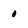
Character: 0